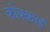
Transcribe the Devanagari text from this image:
कोक्काई